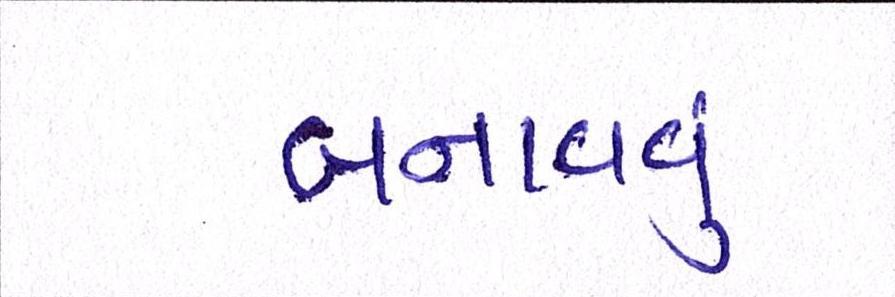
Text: બનાવવુઃ